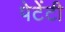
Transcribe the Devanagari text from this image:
पेटेंटी